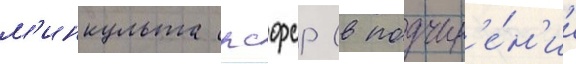
м'инкульта рсфср (в подчин'е́н'ии